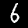
Label: 6